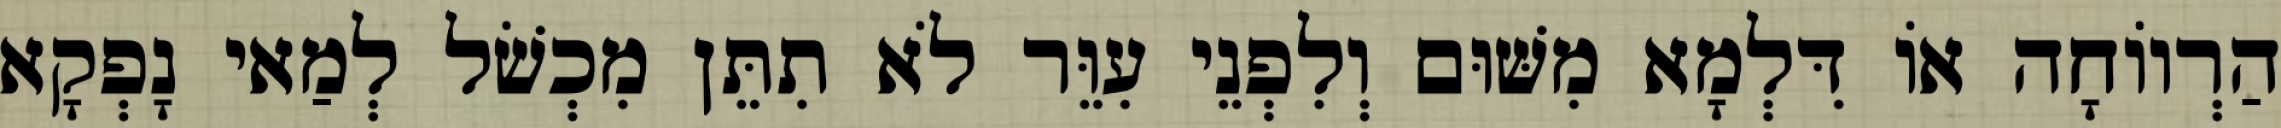
הַרְווֹחָה אוֹ דִּלְמָא מִשּׁוּם וְלִפְנֵי עִוֵּר לֹא תִתֵּן מִכְשֹׁל לְמַאי נָפְקָא